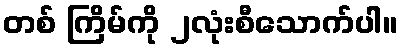
တစ် ကြိမ်ကို ၂လုံးစီသောက်ပါ။